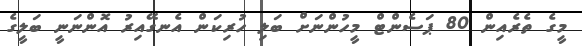
މީގެ ތެރެއިން 80 ޕަސެންޓް މީހުންނަށް ބަލި ހުރިކަން އެނގޭއިރު އޮންނަނީ ބަލީގެ